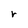
Character: r